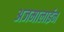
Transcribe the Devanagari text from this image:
अजमालाईन